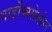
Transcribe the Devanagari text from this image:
बार्डोक्सोलोन